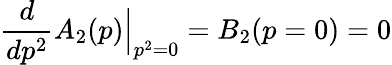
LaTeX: \frac{d}{dp^{2}}A_{2}(p)\Big|_{p^{2}=0}=B_{2}(p=0)=0